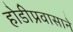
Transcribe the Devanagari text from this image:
होडीप्रवासाने